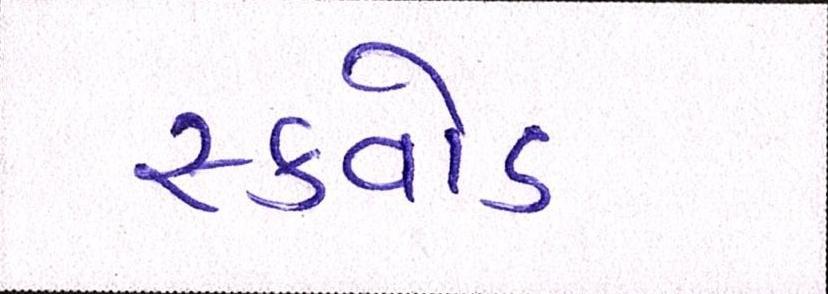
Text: સ્ક્વોડ